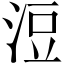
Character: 浢